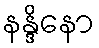
နန္ဒိနော